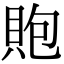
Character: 𧵢